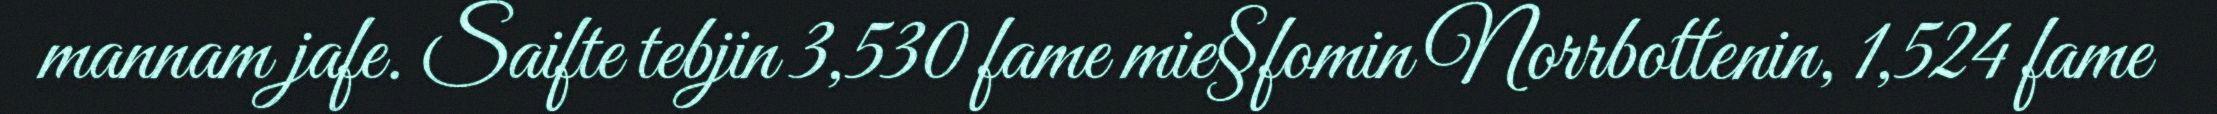
mannam jafe. Saifte tebjin 3,530 fame mie§fomin Norrbottenin, 1,524 fame